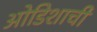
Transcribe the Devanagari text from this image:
ओडिशाची